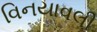
વિનયાવલી